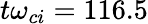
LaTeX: t\omega_{ci}=116.5